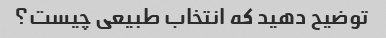
توضیح دهید که انتخاب طبیعی چیست؟